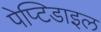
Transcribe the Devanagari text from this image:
पेप्टिडाइल